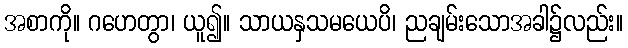
အစာကို။ ဂဟေတွာ၊ ယူ၍။ သာယနှသမယေပိ၊ ညချမ်းသောအခါ၌လည်း။